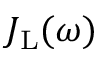
J _ { \mathrm { L } } ( \omega )